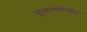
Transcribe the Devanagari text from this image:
सुधारणांदेखील